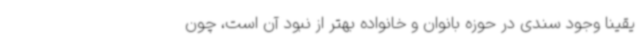
یقینا وجود سندی در حوزه بانوان و خانواده بهتر از نبود آن است، چون